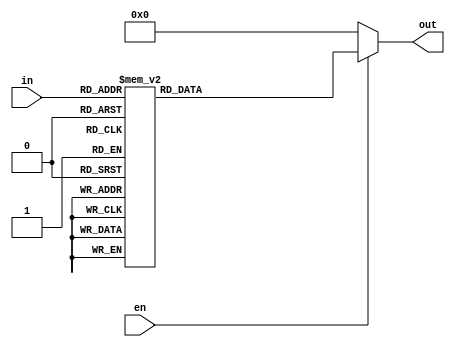

module decode( 
input [2:0] in,
output [7:0] out, 
input en);
  reg [7:0] outreg;
  always@(*) begin 
      if (en) 
        begin
          case (in)
              3'b000: outreg = 8'b00000001;
              3'b001: outreg = 8'b00000010;
              3'b010: outreg = 8'b00000100;
              3'b011: outreg = 8'b00001000;
              3'b100: outreg = 8'b00010000;
              3'b101: outreg = 8'b00100000;
              3'b110: outreg = 8'b01000000;
              3'b111: outreg = 8'b10000000;
              default: outreg = 8'b00000000;
          endcase
      end 
      else 
      outreg=8'b00000000;
    end
assign out=outreg;
endmodule